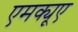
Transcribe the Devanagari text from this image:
एमक्यूए